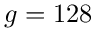
g = 1 2 8